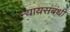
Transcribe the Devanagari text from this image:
न्यायसंबंधी